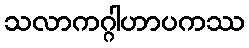
သလာကဂ္ဂါဟာပကဿ